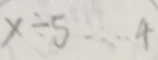
x \div 5 \cdots 4